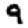
Digit: 9